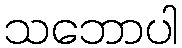
သဘောပါ